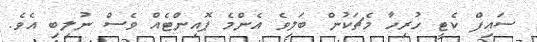
ސައިފް ކެޓީ ހުރިހާ މެޗަކުން ބަލިވެ އެންމެ ޕޮއިންޓެއް ވެސް ނުލިބި އެވެ.